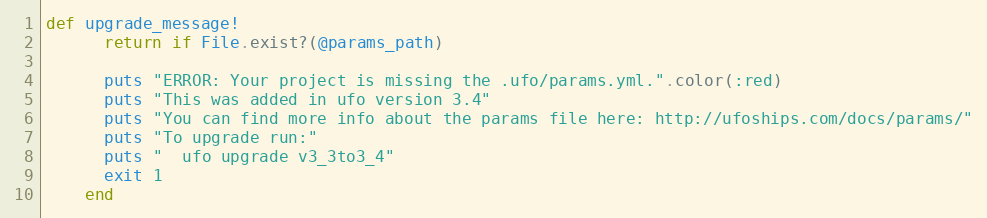
Language: Ruby
def upgrade_message!
      return if File.exist?(@params_path)

      puts "ERROR: Your project is missing the .ufo/params.yml.".color(:red)
      puts "This was added in ufo version 3.4"
      puts "You can find more info about the params file here: http://ufoships.com/docs/params/"
      puts "To upgrade run:"
      puts "  ufo upgrade v3_3to3_4"
      exit 1
    end